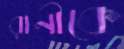
রানীকে